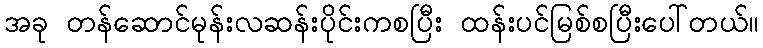
အခု တန်ဆောင်မုန်းလဆန်းပိုင်းကစပြီး ထန်းပင်မြစ်စပြီးပေါ်တယ်။